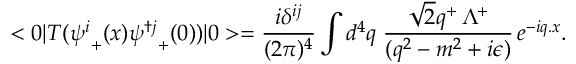
< 0 | T ( { \psi ^ { i } } _ { + } ( x ) { \psi ^ { \dag j } } _ { + } ( 0 ) ) | 0 > = { \frac { i \delta ^ { i j } } { ( 2 \pi ) ^ { 4 } } } \int d ^ { 4 } q \; { \frac { { \sqrt { 2 } } q ^ { + } \, \Lambda ^ { + } } { ( q ^ { 2 } - m ^ { 2 } + i \epsilon ) } } \, e ^ { - i q . x } . \nonumber